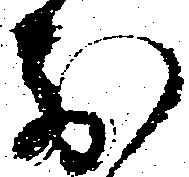
前